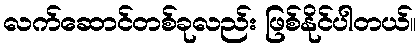
လက်ဆောင်တစ်ခုလည်း ဖြစ်နိုင်ပါတယ်။